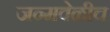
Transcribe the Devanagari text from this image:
जन्मवेळीच